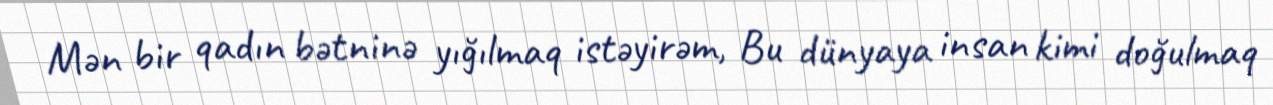
Mən bir qadın bətninə yığılmaq istəyirəm, Bu dünyaya insan kimi doğulmaq